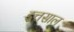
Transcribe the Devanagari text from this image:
इत्तसाल